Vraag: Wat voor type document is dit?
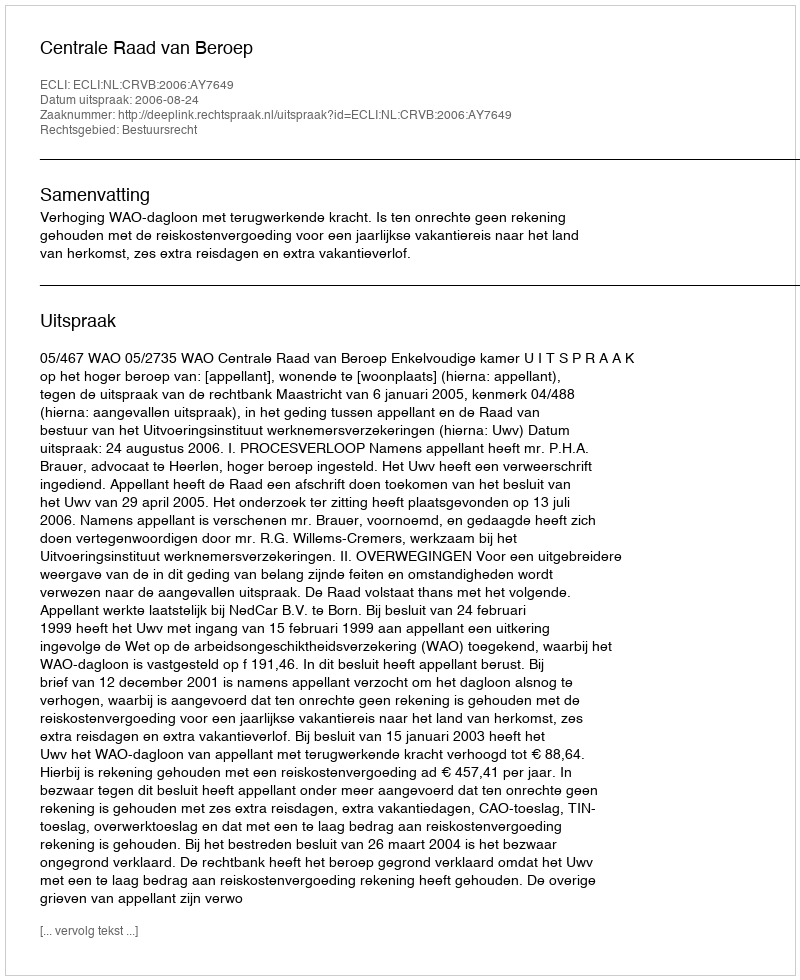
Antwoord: Uitspraak